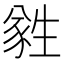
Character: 𬎼